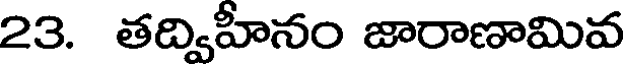
23. తద్విహినం జారాణామివ